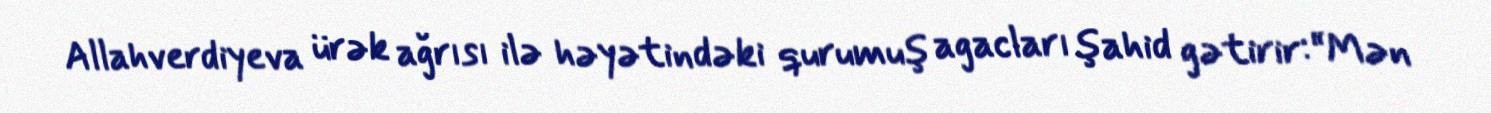
Allahverdiyeva ürək ağrısı ilə həyətindəki qurumuş agacları şahid gətirir:“Mən